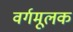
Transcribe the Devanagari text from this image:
वर्गमूलक